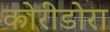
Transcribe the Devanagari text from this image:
कोरीडोरा